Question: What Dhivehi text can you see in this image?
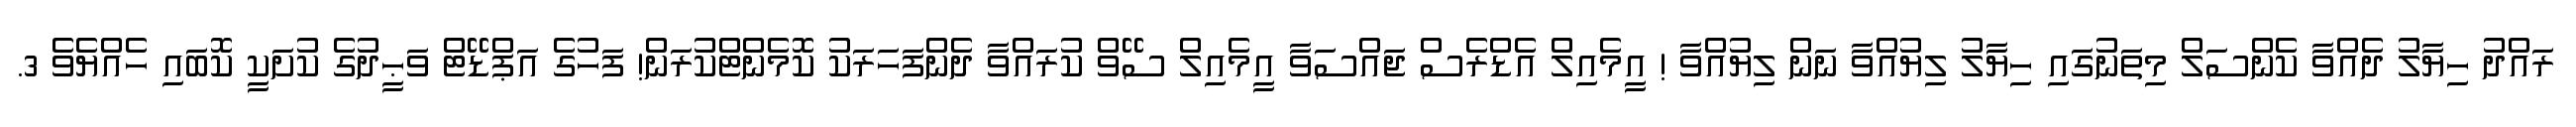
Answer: ރައްދު ހިޔާލު ދެއްވާ ކެންސަލް މިތަނުގައި ހިޔާލު ލިޔުއްވާ ނަން ލިޔުއްވާ ! އީމެއިލް އެޑްރެސް ޖައްސަވާ އީމެއިލް ސޭވް ކުރައްވާ ދެންފަހަރަކު ކޮމެންޓްކުރަން! ފަހުގެ އަޕްޑޭޓް ވަޙީދުގެ ކުށަކީ ކޮބައި ހެއްޔެވެ 3.